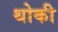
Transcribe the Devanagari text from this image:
थोकी